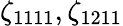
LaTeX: \zeta_{1111},\zeta_{1211}